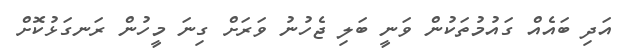
އަދި ބައެއް ގައުމުތަކުން ވަނީ ބަލި ޖެހުނު ވަރަށް ގިނަ މީހުން ރަނގަޅުކޮށް